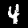
Label: 4